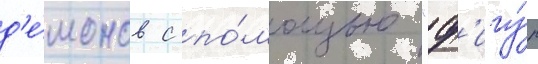
д'е́монов с по́мощью "ф'игу́р